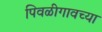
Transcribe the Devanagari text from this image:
पिवळीगावच्या